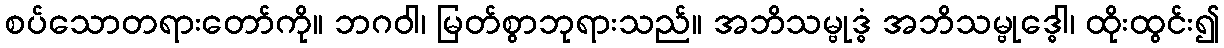
စပ်သောတရားတော်ကို။ ဘဂဝါ၊ မြတ်စွာဘုရားသည်။ အဘိသမ္ဗုဒ္ဓံ အဘိသမ္ဗုဒ္ဓေါ၊ ထိုးထွင်း၍